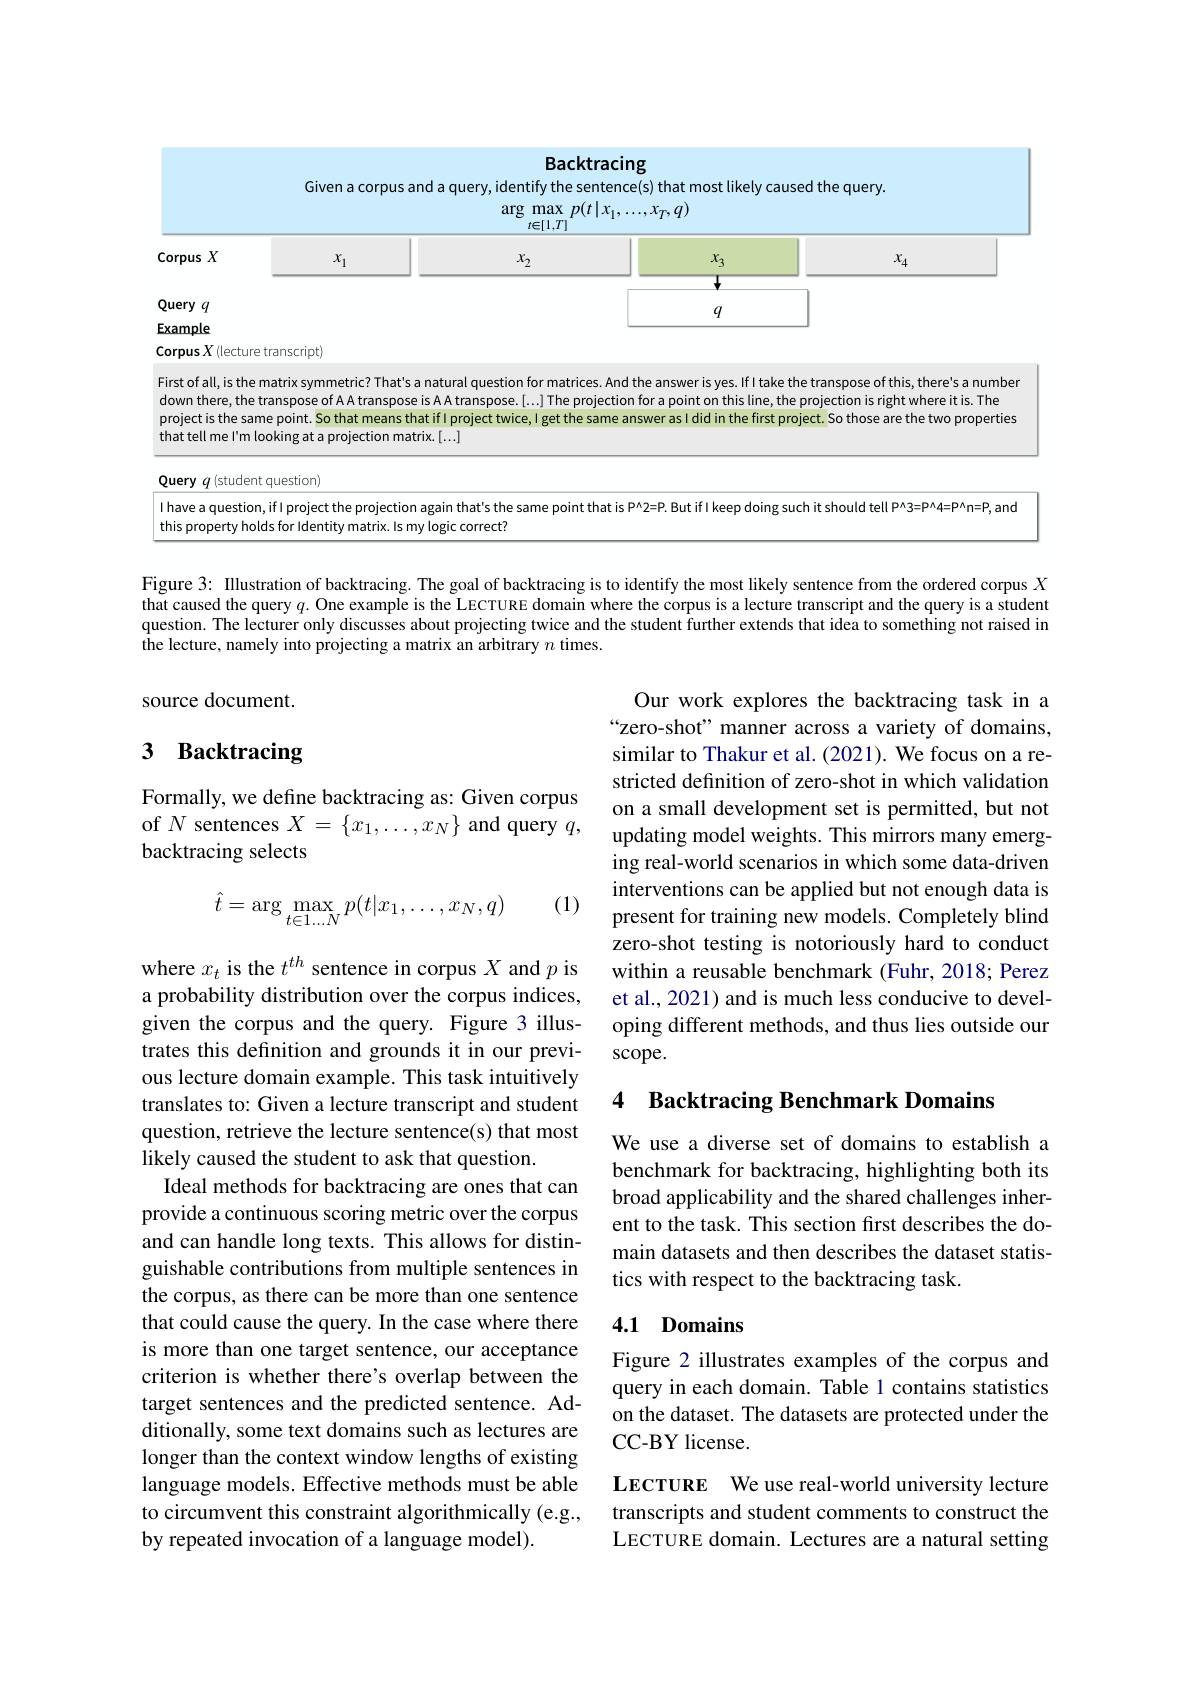
Backtracing
Given a corpus and a query, identify the sentence(s) that most likely caused the query.
$\arg\max_{A=[1,T]}p(t|x_1,...,x_T,q)$

<table>
	<tbody>
		<tr>
			<th>corpus $X$ </th>
			<th>$x_1$</th>
			<th>$x_2$</th>
			<th>$x_{3}$</th>
			<th>$x_4$</th>
		</tr>
		<tr>
			<td> </td>
			<td> </td>
			<td> </td>
			<td> </td>
			<td> </td>
		</tr>
	</tbody>
</table>
$q$

Example

Corpus $X\left(\mathrm{lecture~transcript}\right)$

First of all, is the matrix symmetric? That's a natural question for matrices. And the answer is yes. Ifl take the transpose of this, there's a number down there, the transpose of A A transpose is A A transpose.[...] The projection for a point on this line, the projection is right where it is. The projectis the same point. So that means that ifl project twice, I get the same answer as I did in the first project. So those are the two properties that tell me l'm looking at a projection matrix.[...]

Query $q$ istudent question)
Ihave a question, if l project the projection again that's the same point that is P'2=P. But ifl keep doing such it should tell P'3=P'4=P'n=P, and
this property holds for ldentity matrix. Is my logic correct?

Figure 3: Illustration of backtracing. The goal of backtracing is to identify the most likely sentence from the ordered corpus $X$ that caused the query $q.$ One example is the LECTURE domain where the corpus is a lecture transcript and the query is a student question. The lecturer only discusses about projecting twice and the student further extends that idea to something not raised in the lecture, namely into projecting a matrix an arbitrary $n$ times.

source document.

# 3 Backtracing

Formally, we define backtracing as: Given corpus of $N$ sentences $X=\{x_1,\ldots,x_N\}$ and query $q$, backtracing selects

Our work explores the backtracing task in a “zero-shot” manner across a variety of domains, similar to Thakur et al. (2021). We focus on a restricted definition of zero-shot in which validation on a small development set is permitted, but not updating model weights. This mirrors many emerging real-world scenarios in which some data-driven interventions can be applied but not enough data is present for training new models. Completely blind zero-shot testing is notoriously hard to conduct within a reusable benchmark (Fuhr, 2018; Perez et al., 2021) and is much less conducive to developing different methods, and thus lies outside our scope.

(1)
$$\hat{t}=\arg\max\limits_{t\in1\dots N}p(t|x_1,\dots,x_N,q)$$
## 4 Backtracing Benchmark Domains

We use a diverse set of domains to establish a benchmark for backtracing, highlighting both its broad applicability and the shared challenges inherent to the task. This section first describes the domain datasets and then describes the dataset statistics with respect to the backtracing task.

where $x_t$ is the $t^th$ sentence in corpus $X$ and $p$ is a probability distribution over the corpus indices, given the corpus and the query. Figure 3 illustrates this definition and grounds it in our previous lecture domain example. This task intuitively translates to: Given a lecture transcript and student question, retrieve the lecture sentence(s) that most likely caused the student to ask that question.
Ideal methods for backtracing are ones that can provide a continuous scoring metric over the corpus and can handle long texts. This allows for distinguishable contributions from multiple sentences in the corpus, as there can be more than one sentence that could cause the query. In the case where there is more than one target sentence, our acceptance criterion is whether there's overlap between the target sentences and the predicted sentence. Additionally, some text domains such as lectures are longer than the context window lengths of existing language models. Effective methods must be able to circumvent this constraint algorithmically (e.g., by repeated invocation of a language model).

## 4.1 Domains

Figure 2 illustrates examples of the corpus and query in each domain. Table 1 contains statistics on the dataset. The datasets are protected under the CC-BY license.

LECTURE We use real-world university lecture transcripts and student comments to construct the LECTURE domain. Lectures are a natural setting